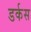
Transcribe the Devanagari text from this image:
डर्कस